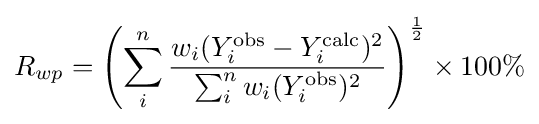
R_{wp}=\left(\sum _{i}^{n}{\frac {w_{i}(Y_{i}^{\text{obs}}-Y_{i}^{\text{calc}})^{2}}{\sum _{i}^{n}w_{i}(Y_{i}^{\text{obs}})^{2}}}\right)^{\frac {1}{2}}\times 100\%